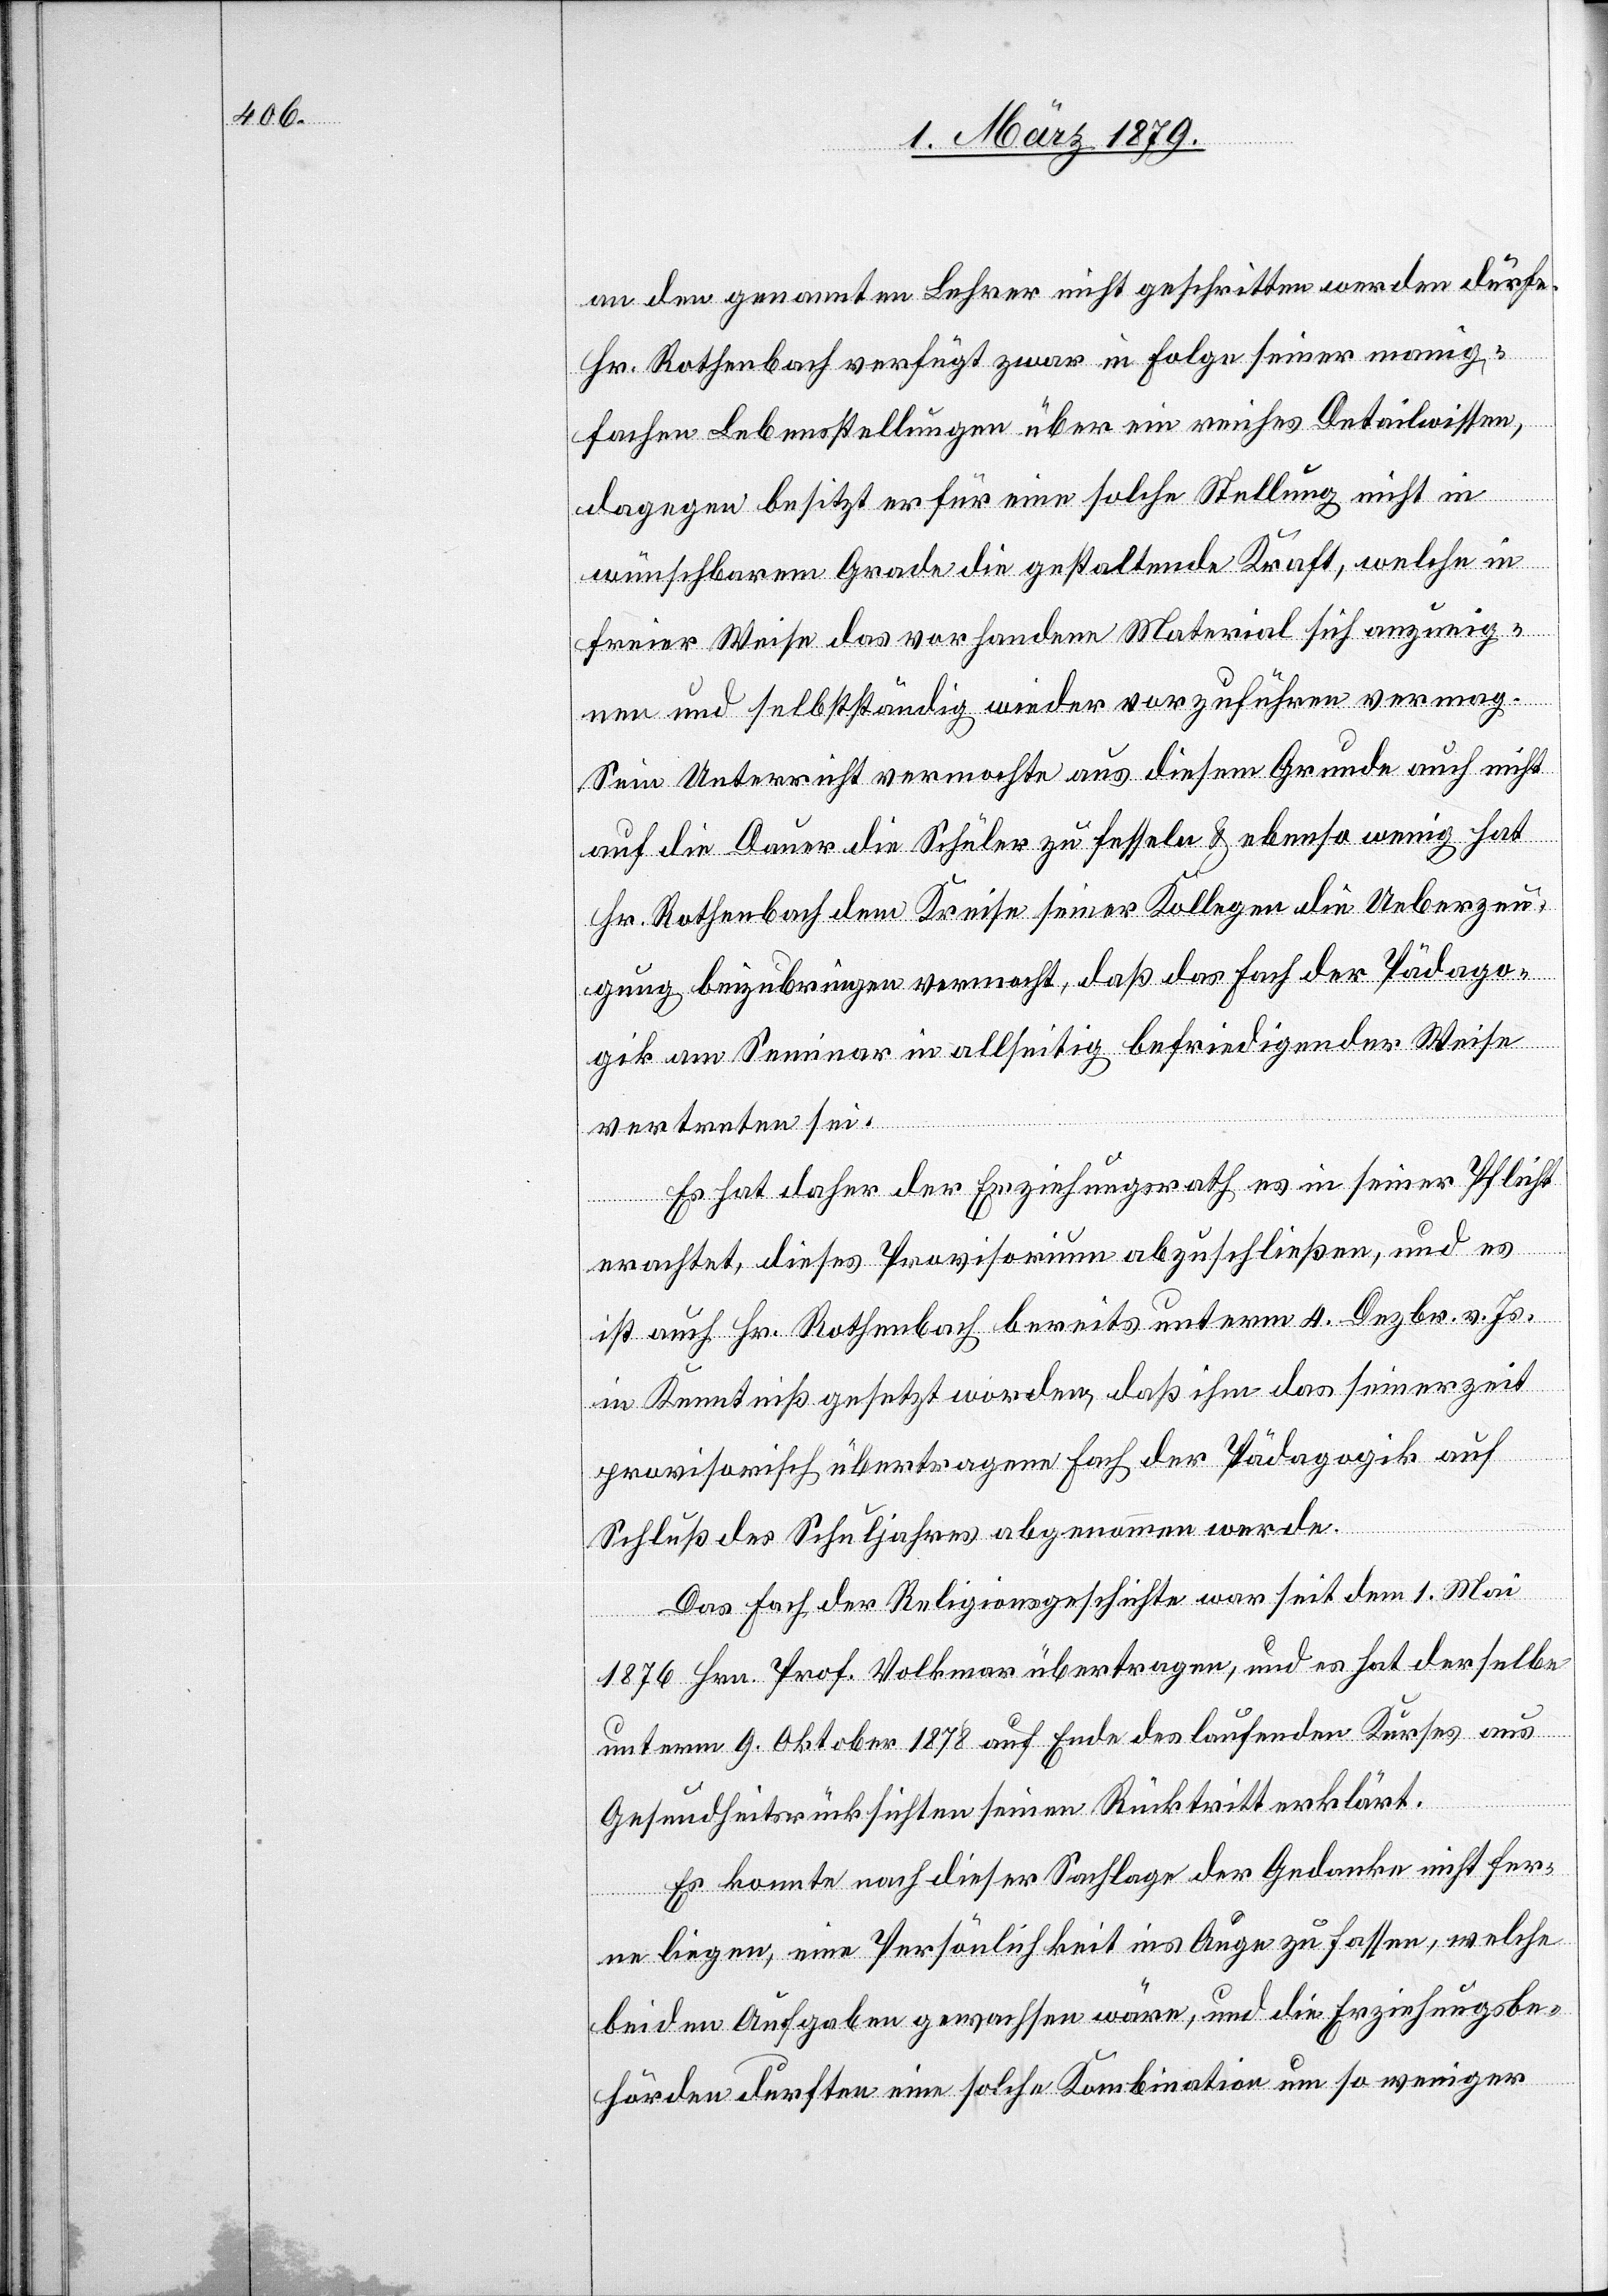
an den genannten Lehrer nicht geschritten werden dürfe.
Hr. Rothenbach verfügt zwar in Folge seiner manig¬
[sic!] Lebensstellungen über ein reiches Detailwissen,
fachen
dagegen besitzt er für eine solche Stellung nicht in
wünschbarem Grade die gestaltende Kraft, welche in
freier Weise das vorhandene Material sich anzueig¬
nen und selbständig wieder vorzuführen vermag.
Sein Unterricht vermochte aus diesem Grunde auch nicht
auf die Dauer die Schüler zu fesseln & ebenso wenig hat
Hr. Rothenbach dem Kreise seiner Kollegen die Ueberzeu¬
gung beizubringen vermocht, daß das Fach der Pädago¬
gik im Seminar in allseitig befriedigender Weise
vertreten sei.
Es hat daher der Erziehungsrath es in seiner Pflicht
erachtet, dieses Provisorium abzuschließen, und es
ist auch Hr. Rothenbach bereits unterm 4. Dezbr. v. Js.
in Kenntniß gesetzt worden, daß ihm das seinerzeit
provisorisch übertragene Fach der Pädagogik auf
Schluß des Schuljahres abgenommen werde.
Das Fach der Religionsgeschichte war seit dem 1. Mai
1876 Hrn. Prof. Volkmar übertragen, und es hat derselbe
unterm 9. Oktober 1878 auf Ende des laufenden Kurses aus
Gesundheitsrücksichten seinen Rücktritt erklärt.
Es konnte nach dieser Sachlage der Gedanke nicht fer¬
ne liegen, eine Persönlichkeit ins Auge zu fassen, welche
beiden Aufgaben gewachsen wäre, und die Erziehungsbe¬
hörden durften eine solche Kombination um so weniger